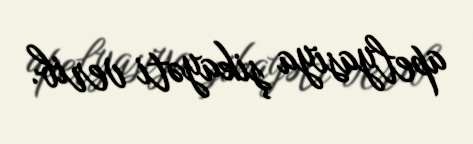
apelyasiya şikayəti verib.